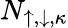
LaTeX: N_{\mathord{\uparrow},\mathord{\downarrow},\kappa}